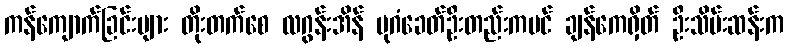
ကန်ကျောက်ခြင်းများ တိုးတက်စေ လဂွန်းအိန် ပုဂံခေတ်ဦးတည်းကပင် ချန်ကေရှိတ် ဦးသိမ်းဆန်းက